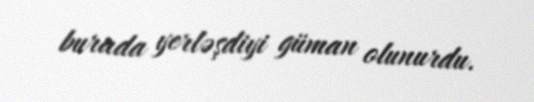
burada yerləşdiyi güman olunurdu.